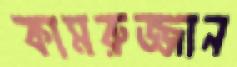
কামরুজ্জান